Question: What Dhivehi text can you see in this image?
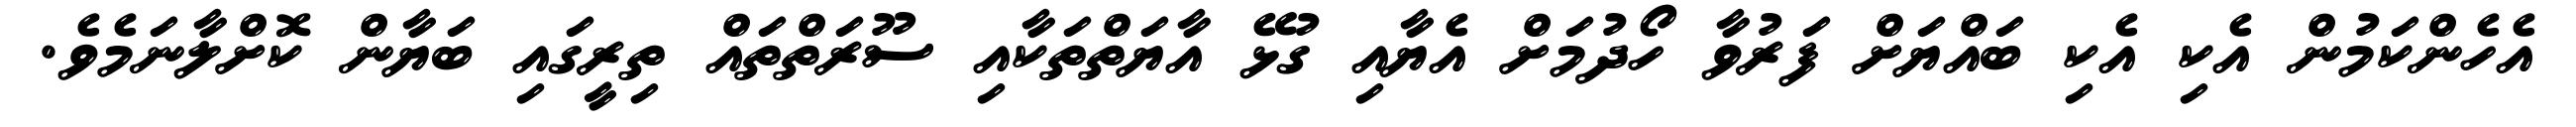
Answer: އެހެންކަމުން އެކި އެކި ބައްޔަށް ފަރުވާ ހޯދުމަށް އެޔާއި ގުޅޭ އާޔަތްތަކާއި ސޫރަތްތައް ތިރީގައި ބަޔާން ކޮށްލާނަމެވެ.